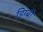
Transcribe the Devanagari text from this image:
डिग्‍बी